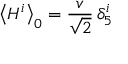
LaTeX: \left\langle H ^ { i } \right\rangle _ { 0 } = \frac { v } { \sqrt { 2 } } \, \delta _ { 5 } ^ { i }